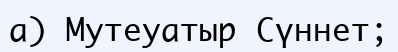
а) Мутеуатыр Сүннет;